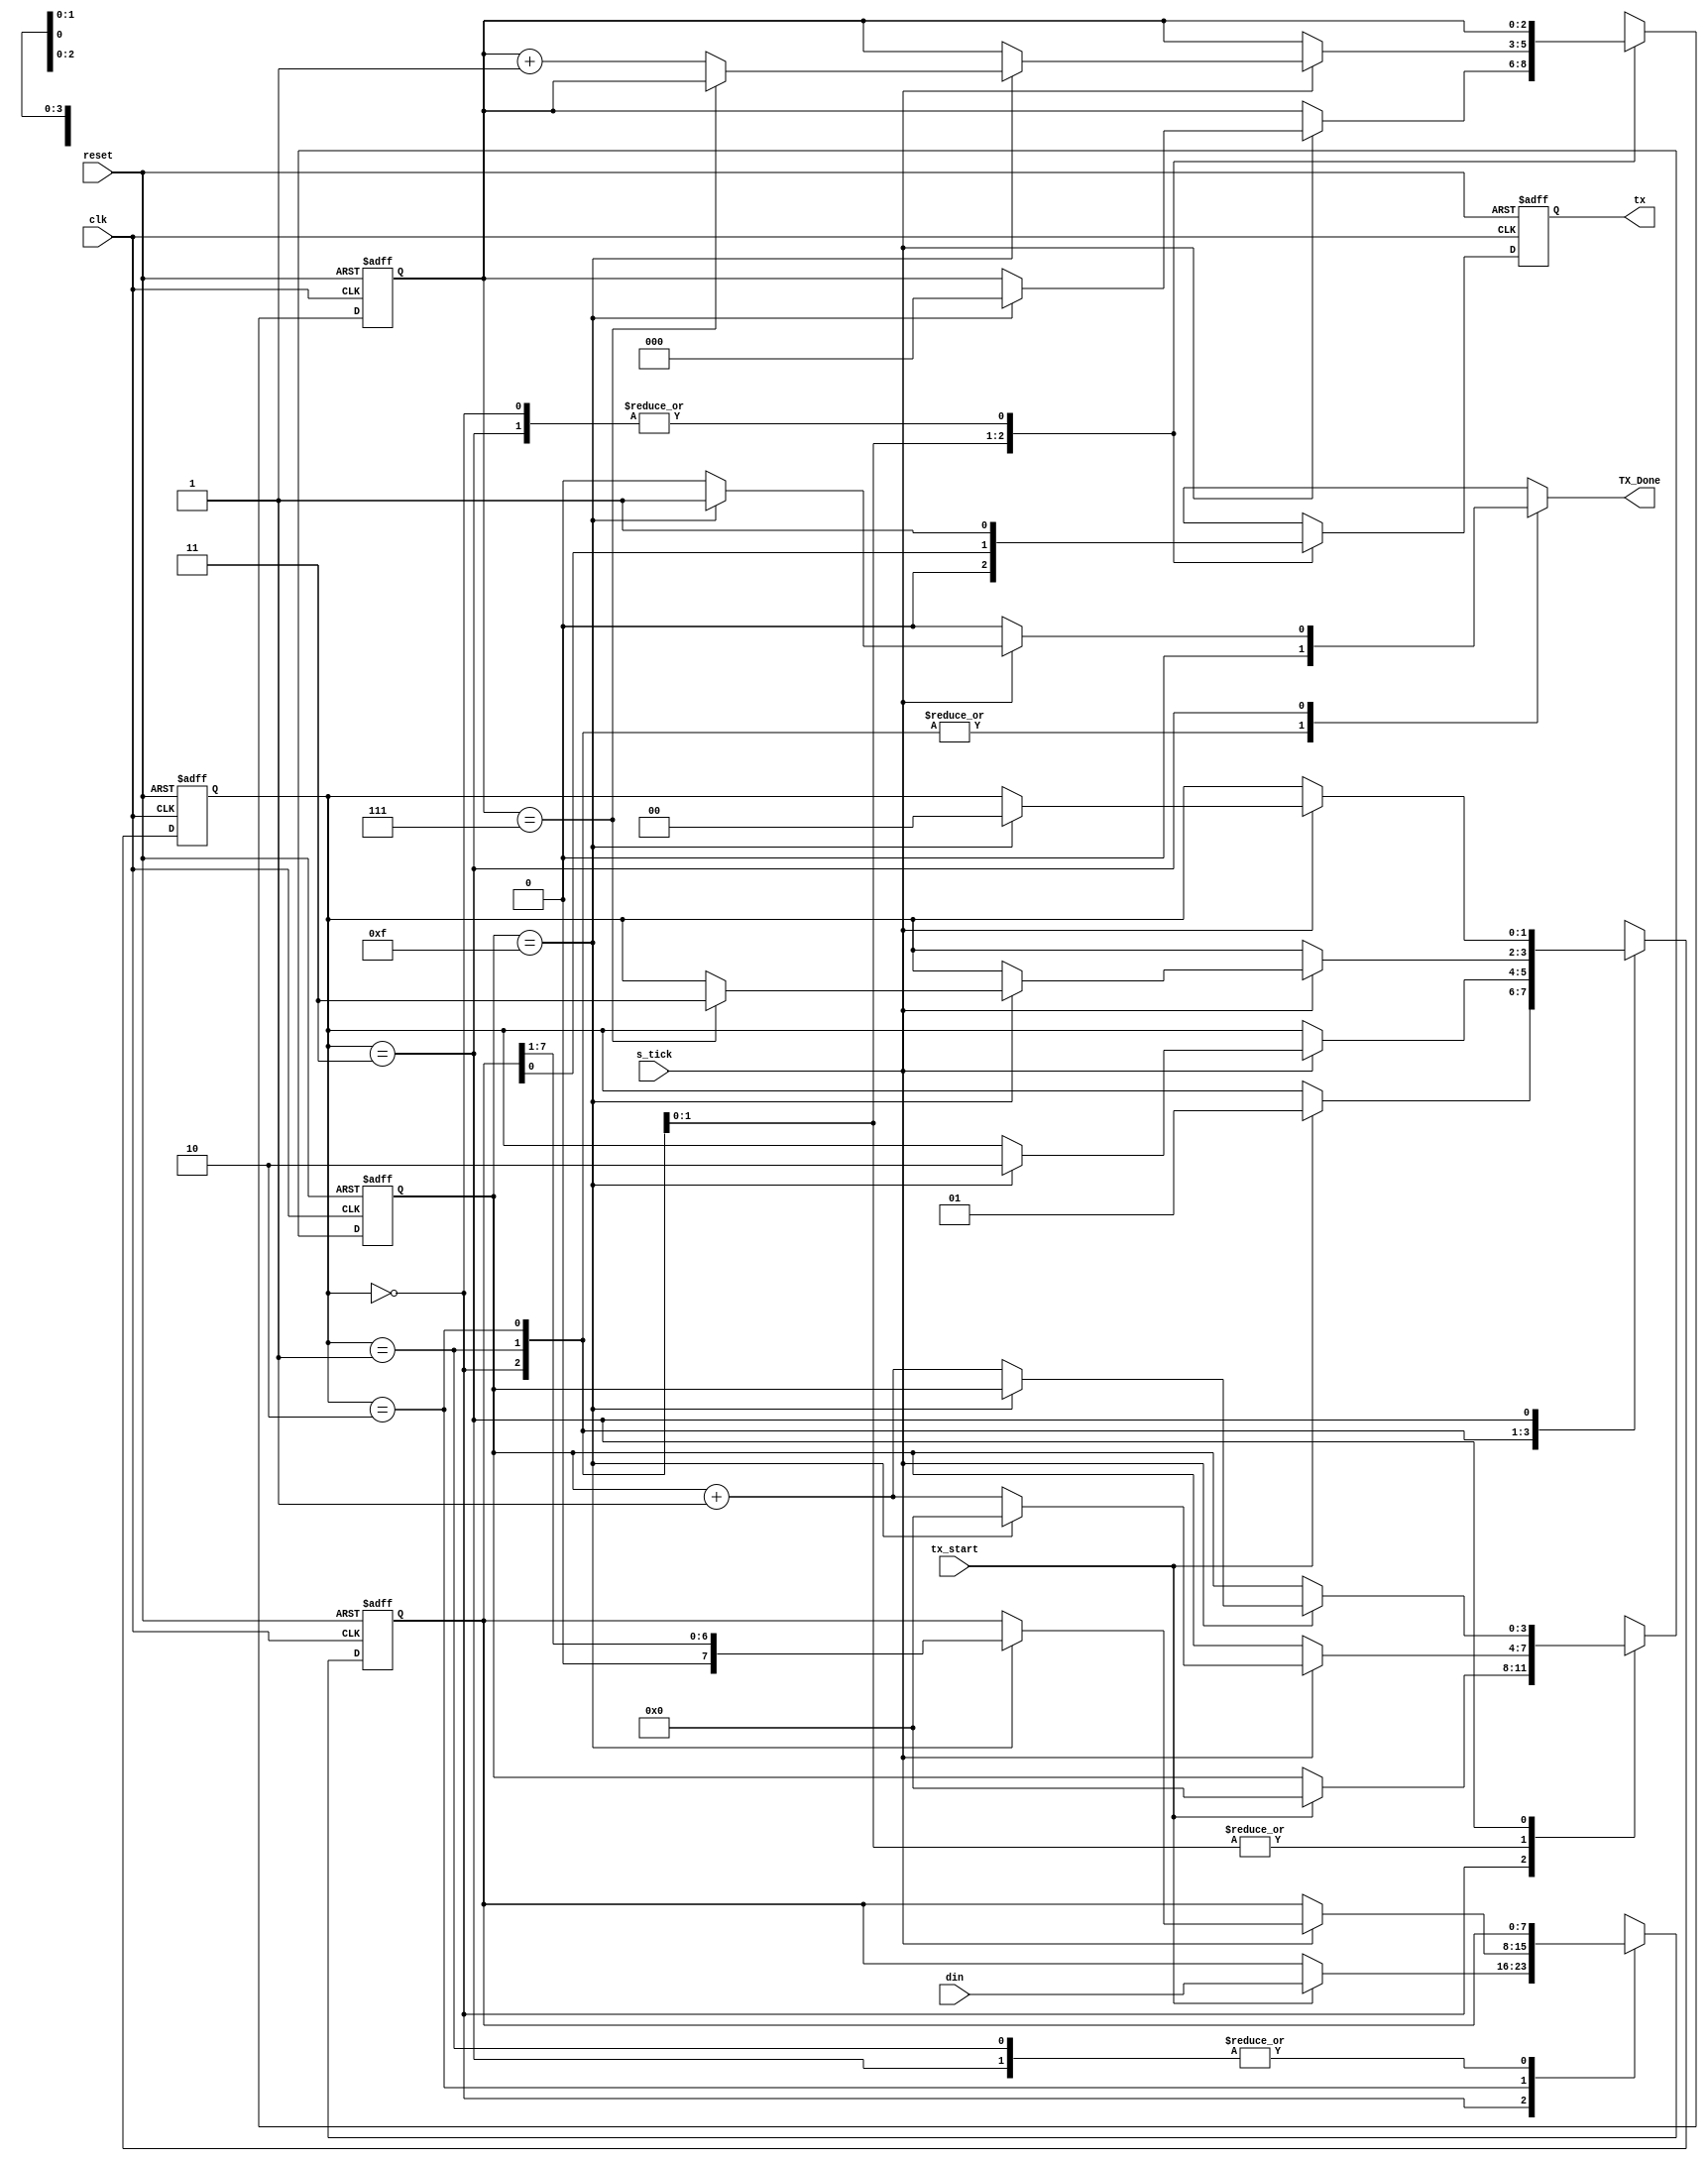
`timescale 1ns / 1ps
//////////////////////////////////////////////////////////////////////////////////
// Company: Tecnolgico de Costa Rica
// 
// Design Name: 
// Module Name: Transmisor
// Project Name: 
// Target Devices: 
// Tool versions: 
// Description: 
//					
///////////////////////////////////////////////////////////////////////////////////

module Transmisor#(parameter DBIT=8, SB_TICK=16)(
	
	// DBIT #databits
    // SB_TICK#ticks for stop bits
    
    //INPUTS
	input wire clk, reset,
	input wire tx_start, s_tick,
	input wire [7:0] din,
	//OUTPUTS
	output reg TX_Done=0,
	output wire tx
	);
	// symbolic state declaration
   
   localparam [1:0]
					idle = 2'b00,
					start = 2'b01,
					data = 2'b10,
					stop = 2'b11;
	
	// signal declaratio n
	
	reg [1:0] state_reg=0, state_next=0;
	reg [3:0] s_reg=0, s_next=0;
	reg [2:0] n_reg=0, n_next=0;
	reg [7:0] b_reg=0, b_next=0;
	reg tx_reg=1, tx_next=1;

	// FSMD state & data registers
	
	always @(posedge clk, posedge reset)
		if (reset)
			begin
				state_reg <= idle;
				s_reg <= 0;
				n_reg <= 0;
				b_reg <= 0 ;
				tx_reg <= 1'b1;
			end
		else
			begin
				state_reg <= state_next;
				s_reg <= s_next;

				n_reg <= n_next;
				b_reg <= b_next;
				tx_reg <= tx_next;
			end
			
	// FSMD next_state logic&functional units
	always @*
	begin
		state_next = state_reg;
		TX_Done = 1'b0;
		s_next = s_reg;
		n_next = n_reg;
		b_next = b_reg;
		tx_next = tx_reg;
		
		case (state_reg)
			idle:
				begin
					tx_next = 1'b1;
					if (tx_start)
						begin
							state_next = start;
							s_next =0;
							b_next = din;
						end
				end
				
			start:
				begin
					tx_next =1'b0;
					if (s_tick)
						if (s_reg ==15)
							begin
								state_next = data;
								s_next = 0;
								n_next = 0;
							end
						else
							s_next = s_reg + 1;
				end
				
			data:
				begin
					tx_next =b_reg[0];
					if (s_tick)
						if (s_reg == 15)
							begin
								s_next =0;
								b_next = b_reg>>1;
								if (n_reg==(DBIT-1))
									state_next = stop;
								else
									n_next = n_reg + 1;
							end
						else
							s_next = s_reg + 1;

				end
				
			stop:
				begin
					tx_next =1'b1;
					if (s_tick)
						if (s_reg==(SB_TICK-1 ))
							begin
								state_next = idle;
								TX_Done = 1'b1;
							end
						else
						s_next = s_reg+ 1;
				end
		endcase
	end
		//  output
	assign tx = tx_reg;
	
endmodule